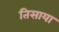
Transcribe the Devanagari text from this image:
तिसाया